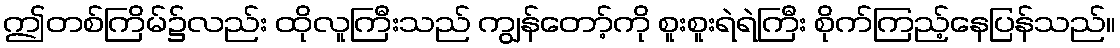
ဤတစ်ကြိမ်၌လည်း ထိုလူကြီးသည် ကျွန်တော့်ကို စူးစူးရဲရဲကြီး စိုက်ကြည့်နေပြန်သည်။